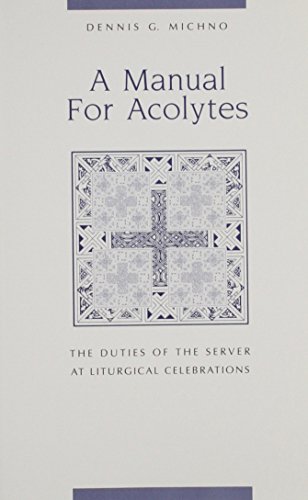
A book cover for A Manual for Acolytes: The Duties of the Server at Liturgical Celebrations; Dennis G. Michno; Christian Books & Bibles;